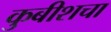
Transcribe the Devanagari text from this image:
कुबीशचा